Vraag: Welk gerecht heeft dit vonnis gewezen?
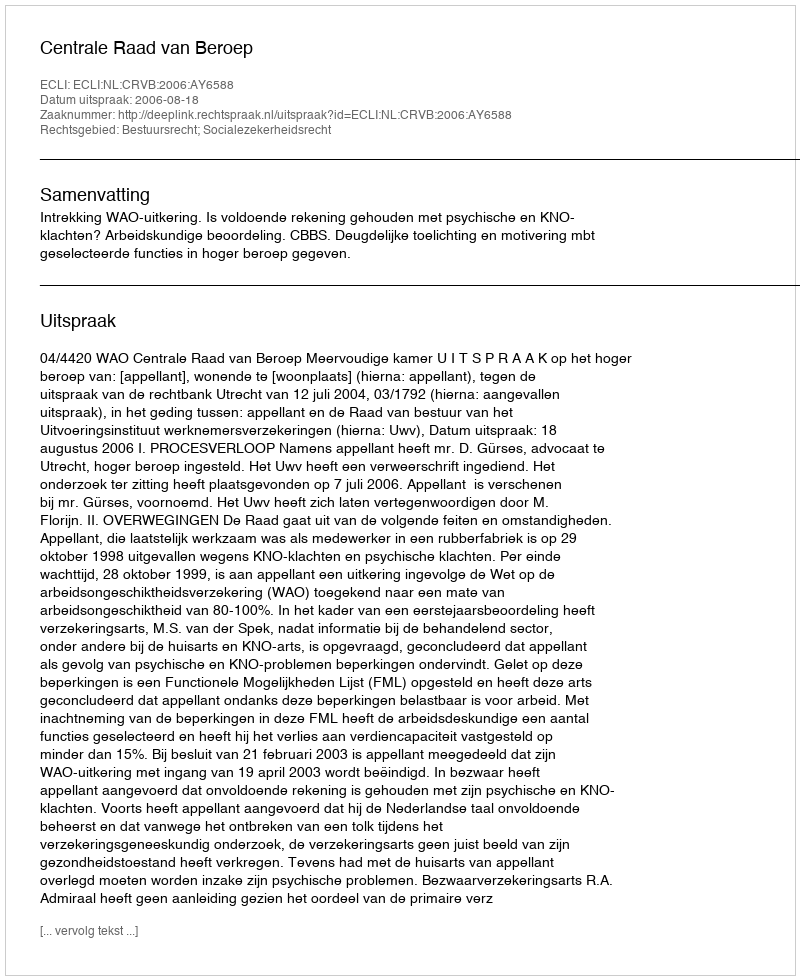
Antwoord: Centrale Raad van Beroep